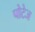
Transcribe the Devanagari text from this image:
पोटेज